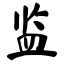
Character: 监